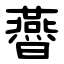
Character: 㬫